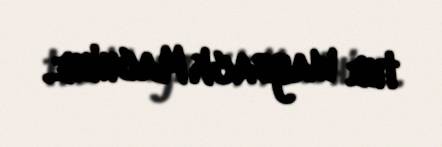
the Wayback Machine.